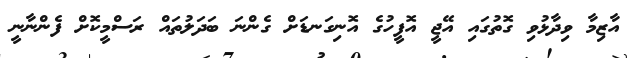
އާޒިމާ ވިދާޅުވި ގޮތުގައި އޭޖީ އޮފީހުގެ އޮނިގަނޑަށް ގެންނަ ބަދަލުތައް ރަސްމީކޮށް ފެންނާނީ